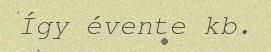
Így évente kb.